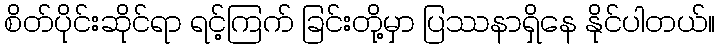
စိတ်ပိုင်းဆိုင်ရာ ရင့်ကြက် ခြင်းတို့မှာ ပြဿနာရှိနေ နိုင်ပါတယ်။